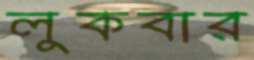
লুকবার